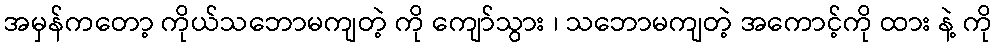
အမှန်ကတော့ ကိုယ်သဘောမကျတဲ့ ကို ကျော်သွား ၊ သဘောမကျတဲ့ အကောင့်ကို ထား နဲ့ ကို